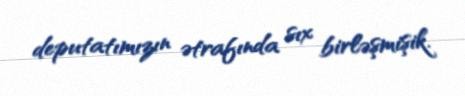
deputatımızın ətrafında sıx birləşmişik.